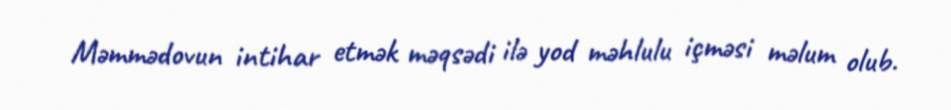
Məmmədovun intihar etmək məqsədi ilə yod məhlulu içməsi məlum olub.